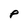
Character: P